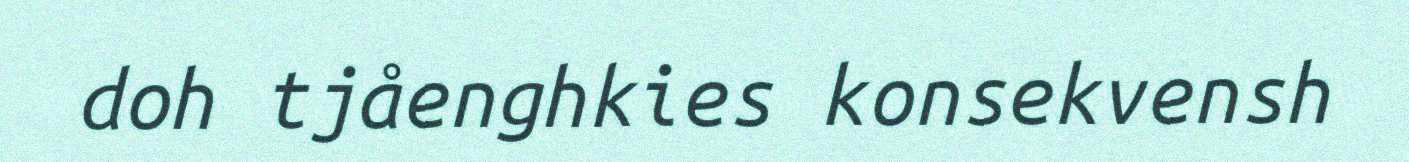
doh tjåenghkies konsekvensh